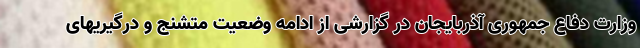
وزارت دفاع جمهوری آذربایجان در گزارشی از ادامه وضعیت متشنج و درگیریهای